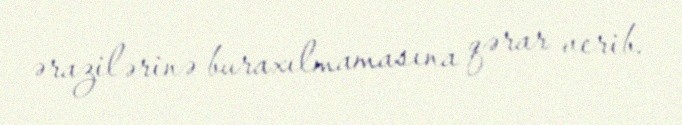
ərazilərinə buraxılmamasına qərar verib.